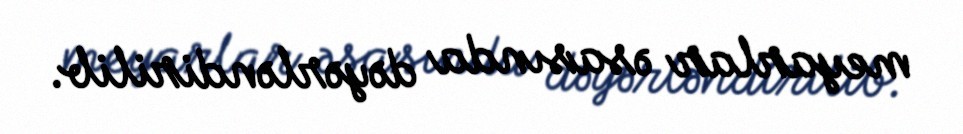
meyarlar əsasında dəyərləndirilib.